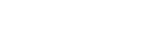
ရှင်းလင်းခဲ့ကြောင်း